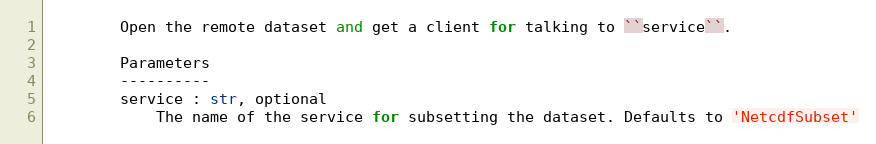
Language: Python
        Open the remote dataset and get a client for talking to ``service``.

        Parameters
        ----------
        service : str, optional
            The name of the service for subsetting the dataset. Defaults to 'NetcdfSubset'